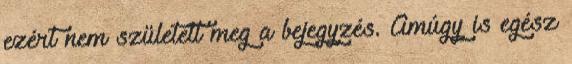
ezért nem született meg a bejegyzés. Amúgy is egész